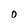
Character: 0